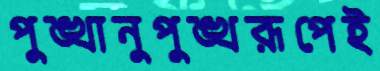
পুঙ্খানুপুঙ্খরূপেই